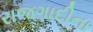
રાજગાદીના